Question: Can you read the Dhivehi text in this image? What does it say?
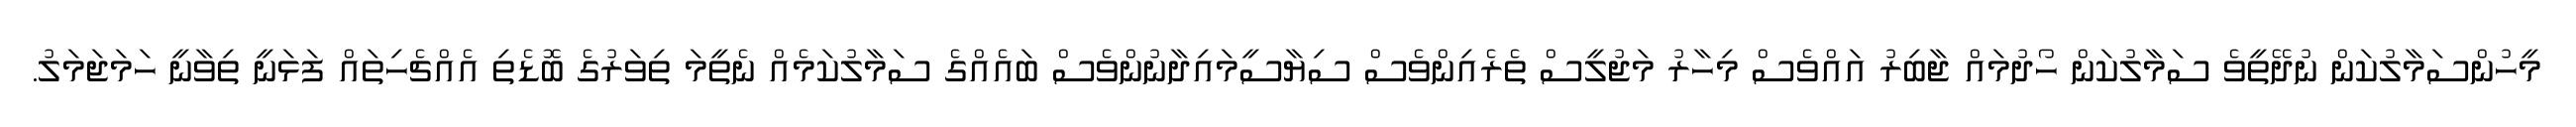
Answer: މީހުންސަމާލުކަން ނުދޭތީވެ ސަމާލުކަން ހޯދުމައް ޖާބިރު އައްވެސް މިހާރު މަޖުލީސް ތެރެއިންވެސް ސިޔާސީމައިދާނުންވެސް ބައެއްގެ ސަމާލުކަމެއް ނެތީމަ ތިވަރުގެ ބޮޑެތި އެއްޗެހިތައް ފަޅަނީ ތިވާނީ ހަމަޖަމަލު.